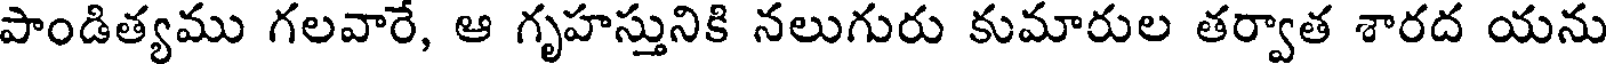
పాండిత్యము గలవారే, ఆ గృహస్తునికి నలుగురు కుమారుల తర్వాత శారద యను